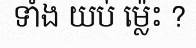
ទាំង យប់ ម្ល៉េះ ?